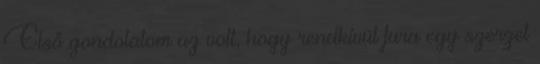
Első gondolatom az volt, hogy rendkívül fura egy szerzet